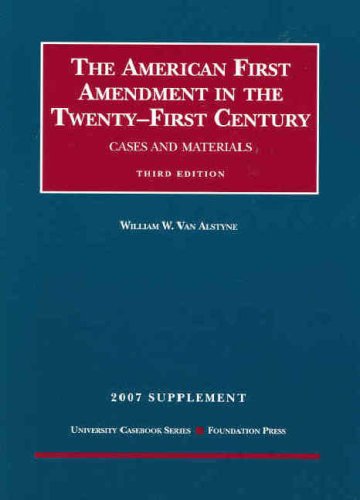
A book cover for American First Amendment in the Twenty-First Century, Cases and Materials, 3d, 2007 Supplement (University Casebooks); William W. Van Alstyne; Law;